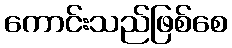
ကောင်းသည်ဖြစ်စေ